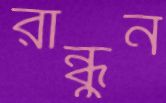
রান্ধুন